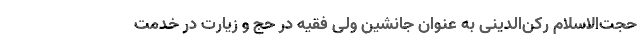
حجت‌الاسلام رکن‌الدینی به عنوان جانشین ولی فقیه در حج و زیارت در خدمت